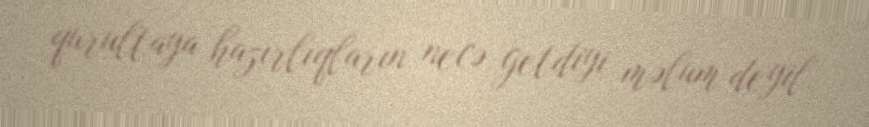
qurultaya hazırlıqların necə getdiyi məlum deyil.